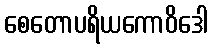
စေတောပရိယကောဝိဒေါ